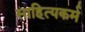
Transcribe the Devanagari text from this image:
साहित्यकर्म